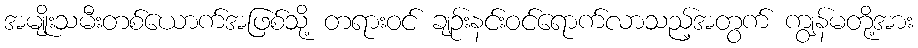
အမျိုးသမီးတစ်ယောက်အဖြစ်သို့ တရားဝင် ချဉ်းနင်းဝင်ရောက်လာသည့်အတွက် ကျွန်မတို့အား